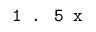
\texttt { 1 . 5 x }